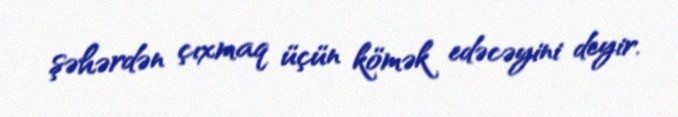
şəhərdən çıxmaq üçün kömək edəcəyini deyir.